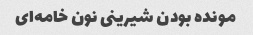
مونده بودن شیرینی نون خامه‌ای